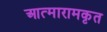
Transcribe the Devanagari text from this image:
आत्मारामकृत